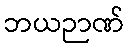
ဘယဉာဏ်